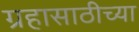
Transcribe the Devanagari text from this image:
ग्रहासाठीच्या